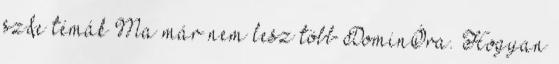
sz&e témák Ma már nem lesz több DominÓra. Hogyan